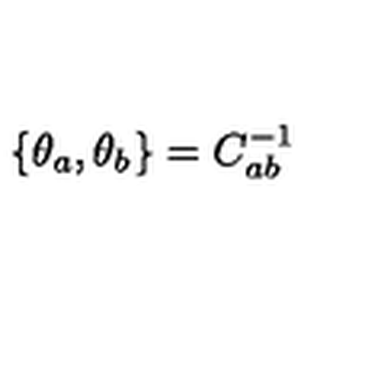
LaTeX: \{ \theta _ { a } , \theta _ { b } \} = C _ { a b } ^ { - 1 }